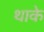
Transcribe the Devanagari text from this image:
थाके